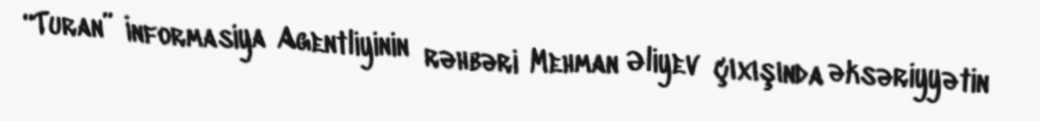
“Turan” İnformasiya Agentliyinin rəhbəri Mehman Əliyev çıxışında əksəriyyətin